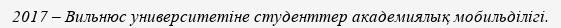
2017 – Вильнюс университетіне студенттер академиялық мобильділігі.